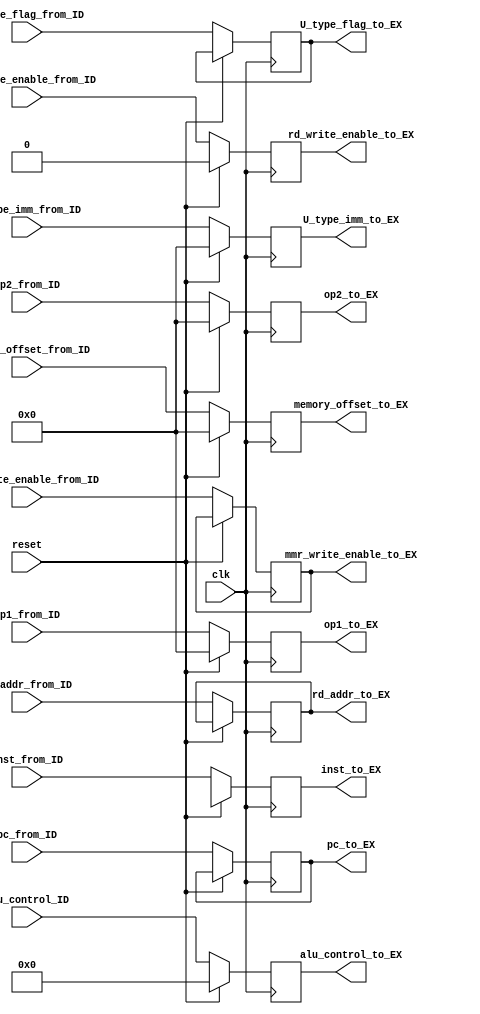
module pipe_ID_EX (
    input clk, reset,
    input[31:0] inst_from_ID, pc_from_ID,
    input [31:0] op1_from_ID, // rs1_data
    input [31:0] op2_from_ID, // rs2_data
    input[31:0] memory_offset_from_ID, 
    input[31:0] U_type_imm_from_ID,
    input U_type_flag_from_ID,

   // input[31:0] rd_data_from_ID, // rd_data to WB
    input [4:0] rd_addr_from_ID,  
    input rd_write_enable_from_ID,
    input [3:0] alu_control_ID,  // alu control signal towards alu
    
    // all outgoing signal towards EX stage

    output reg [31:0] inst_to_EX, pc_to_EX,
    output reg  [31:0] op1_to_EX, // rs1_data
    output reg  [31:0] op2_to_EX, // rs2_data
    output reg [31:0] memory_offset_to_EX, 
    output reg [31:0] U_type_imm_to_EX,
    output reg U_type_flag_to_EX,
   // output reg [31:0] rd_data_to_EX, // rd_data to WB
    output reg  [4:0] rd_addr_to_EX,  
    output reg  rd_write_enable_to_EX,
    output reg  [3:0] alu_control_to_EX,

    /***********CHANGES***************/
    input mmr_write_enable_from_ID,
    output reg  mmr_write_enable_to_EX
    /*********************************/
    /************Changes to Hazard*************/
   // input[4:0] stall_code
    /******************************************/
);   



    always @(posedge clk) begin
        if (reset) begin
            inst_to_EX <= 32'hx;
            op1_to_EX <= 0;
            op2_to_EX <= 0;
            memory_offset_to_EX <= 0;
            U_type_imm_to_EX <=0;
            rd_write_enable_to_EX <= 0;
            alu_control_to_EX <= 0;
        end
    /**********Changes********************/    

      /***************************************/  
        else begin
            inst_to_EX <=  inst_from_ID;
            pc_to_EX   <= pc_from_ID;
            op1_to_EX <= op1_from_ID;
            op2_to_EX <= op2_from_ID;
            memory_offset_to_EX <= memory_offset_from_ID;
            U_type_imm_to_EX <= U_type_imm_from_ID;
           // rd_data_to_EX <= rd_data_from_ID;
            rd_addr_to_EX <=  rd_addr_from_ID;
            rd_write_enable_to_EX <= rd_write_enable_from_ID;
            alu_control_to_EX <= alu_control_ID; 
            U_type_flag_to_EX <= U_type_flag_from_ID;
            /******Changes*********************/
             mmr_write_enable_to_EX <=mmr_write_enable_from_ID;
            /*********************************/
         
        end
    end
    
endmodule